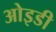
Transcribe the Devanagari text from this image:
ओइडी